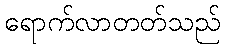
ရောက်လာတတ်သည်